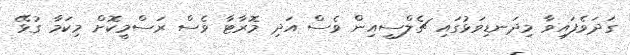
ގަދަވެފައިވާ މިދަނޑިވަޅުގައި ޗެލްސީއިން ވެސް އަދި މޮރާޓާ ވެސް ރަސްމީކޮށް މިކަމާ ގުޅޭ